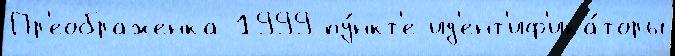
Пр'еображенка 1999 пу́нкт'е ид'ент'иф'ика́торы